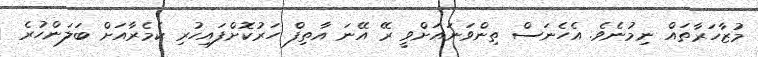
މުޒާހަރާތައް ނިމުނެވެ. އެހެނަސް ތިންވަނައަށްވީ ރޭ އޭނަ އާތިފް ހަރުކޮށްފައިހުރި ކެމެރާއަށް ބަލަންހުރެ